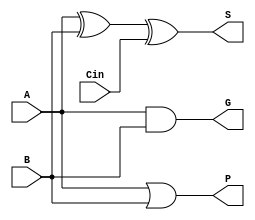
module full_adder(P, G, S, A, B, Cin);

    input A, B, Cin;
    output S, P, G;

    or POR(P, A, B);
    and GAND(G, A,B);
    xor SXOR(S, A, B, Cin);

endmodule